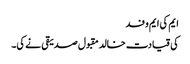
ایم کی ایم وفد
کی قیادت خالد مقبول صدیقی نے کی۔